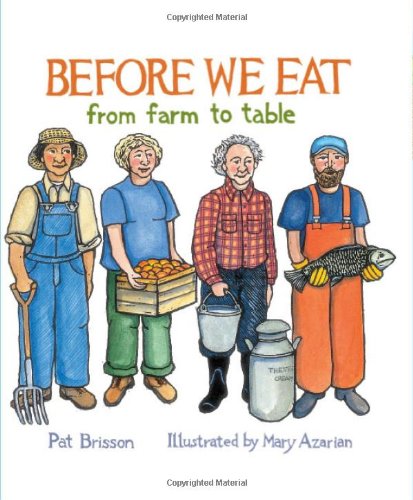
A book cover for Before We Eat: From Farm to Table; Pat Brisson; Children's Books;